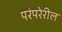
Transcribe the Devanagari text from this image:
परंपरेरील